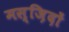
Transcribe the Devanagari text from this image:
मस्ज़िदों